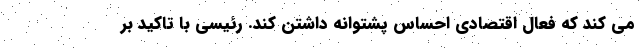
می کند که فعال اقتصادی احساس پشتوانه داشتن کند. رئیسی با تاکید بر